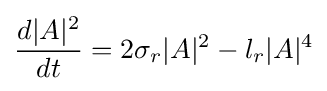
{\frac {d|A|^{2}}{dt}}=2\sigma _{r}|A|^{2}-l_{r}|A|^{4}